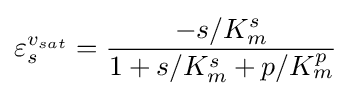
\varepsilon _{s}^{v_{sat}}={\frac {-s/K_{m}^{s}}{1+s/K_{m}^{s}+p/K_{m}^{p}}}